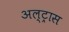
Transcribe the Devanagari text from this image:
अल्ट्रास